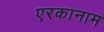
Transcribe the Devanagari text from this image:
एरकानाम